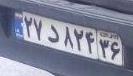
۲۷د۸۲۴۳۶